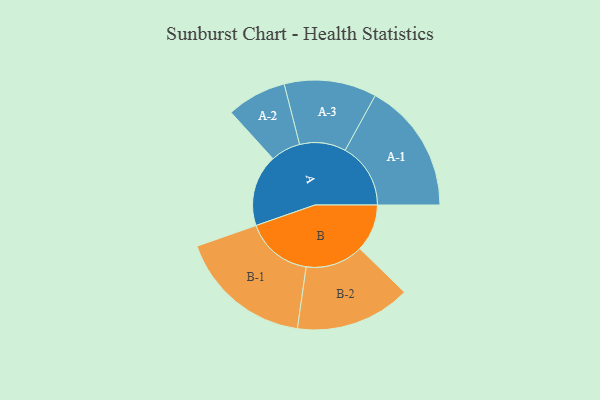
{"axis": {"x": "Segment", "y": "Value"}, "legend": ["", "A", "B"], "data": [{"x": "A", "y": 312, "type": ""}, {"x": "B", "y": 206, "type": ""}, {"x": "A-1", "y": 285, "type": "A"}, {"x": "A-2", "y": 130, "type": "A"}, {"x": "A-3", "y": 201, "type": "A"}, {"x": "B-1", "y": 292, "type": "B"}, {"x": "B-2", "y": 251, "type": "B"}]}